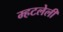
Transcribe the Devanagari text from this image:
म्हटलेली